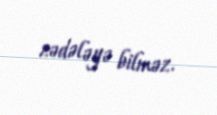
zədələyə bilməz.